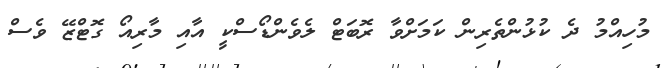
މުހިއްމު ދެ ކުޅުންތެރިން ކަމަށްވާ ރޮބަޓް ލެވެންޑޯސްކީ އާއި މާރިއޯ ގޮޓްޒޭ ވެސް